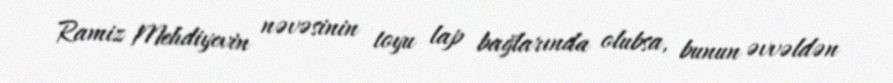
Ramiz Mehdiyevin nəvəsinin toyu lap bağlarında olubsa, bunun əvvəldən